Vaccination in Bombay 1869-1873 - 1869-1873
Year: 1869
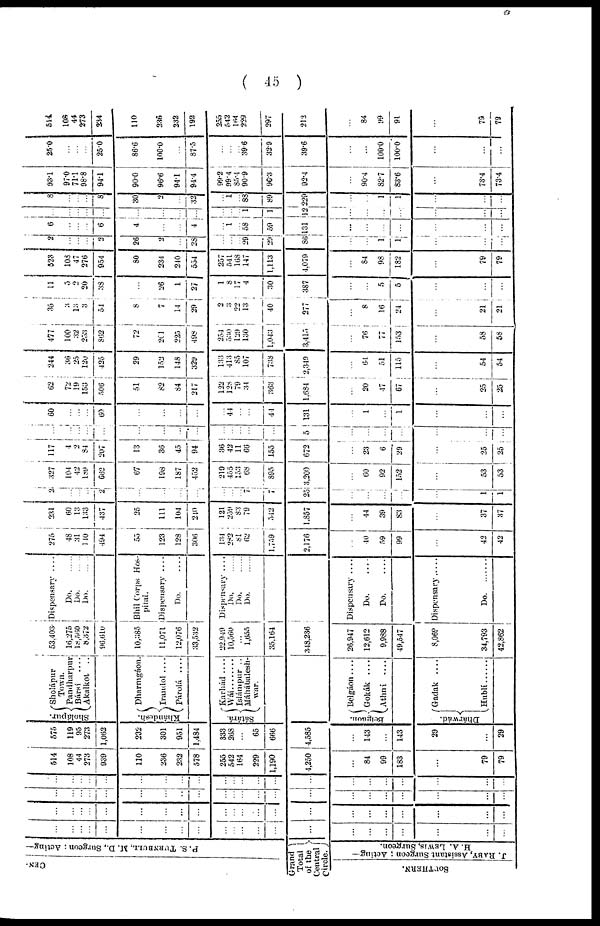
( 45 )
CEN-
P. S. TURNBULL, M. D., Surgeon ; Acting—
Grand
Total
of the
Central
Circle.
SOUTHERN.
J. RABY, Assistant Surgeon ; Acting—
H. A. LEWIS, Surgeon.
...
...
...
...
...
...
...
...
...
...
...
...
...
...
...
...
...
...
...
...
...
...
...
...
...
...
...
...
...
...
...
...
...
...
...
...
...
...
...
...
...
...
...
...
...
...
...
...
...
...
...
...
...
...
...
...
...
...
...
...
...
...
...
...
...
...
...
...
...
...
...
...
...
...
...
...
...
...
...
...
...
...
...
...
...
...
...
...
514
108
44
273
939
110
236
232
578
255
542
164
229
1,190
4,250
...
84
99
183
...
79
79
575
119
95
273
1,062
232
301
951
1,484
333
268
...
65
666
4,585
...
143
...
143
29
...
29
Sholápur.
Sholápur
Town.
Pandharpur
Bársí
....
Akalkot
..
Khándesh.
Dharmgáon.
Irandol ....
Párolá
....
Sátárá.
Karhád....
Wáí ........
Islámpur ..
Máhábalesh¬
war.
Belgaon.
Belgáon....
Gokák ....
Athní ....
Dhárwád.
Gadak ....
Hublí......
53,403
16,275
18,560
8,372
96,610
10,385
11,071
12,076
33,532
22,949
10,560
... 1,655
35,164
348,236
26,947
12,612
9,988
49,547
8,069
34,793
42,862
Dispensary ....
Do. ......
Do. ......
Do. ......
Bhil Corps Hos¬
pital.
Dispensary ....
Do.
...
Dispensary....
Do. ......
Do. ......
Do. ......
Dispensary....
Do.
Do.
Dispensary
Do. ......
275
48
31
110
494
55
123
128
306
134
282
81
62
1,759
2,176
...
40
59
99
...
42
42
231
60
13
133
437
25
111
104
240
121
259
83
79
542
1,857
...
44
39
83
...
37
37
2
...
...
...
2
...
...
...
...
...
... ...
7
7
25
...
...
...
...
...
1
1
327
104
42
189
662
67
198
187
452
219
455
153
68
895
3,200
...
60
92
152
...
53
53
117
4
2
84
207
13
36
45
94
36
42
11
66
155
672
...
23
6
29
...
25
25
...
...
...
...
...
...
...
...
...
...
...
...
...
...
5
...
...
...
...
...
...
...
60
...
...
...
60
...
...
...
...
44
...
...
44
131
...
1
...
1
...
...
...
62
72
19
153
506
51
82
84
217
122
128
79
34
363
1,684
...
20
47
67
...
25
25
244
36
25
120
425
29
152
148
329
133
413
85
107
738
2,349
...
64
51
115
...
54
54
477
100
32
253
862
72
201
225
498
254
530
129
130
1,043
3,415
...
76
77
153
...
58
58
35
3
13
3
54
8
7
14
29
2
3
22 13
40
277
...
8
16
24
...
21
21
11
5
2
20
33
...
26
1
27
1
8
17
4
30
387
...
...
5
5
...
...
...
523
108
47
276
954
80
234
240
554
257
641
168
147
1,113
4,079
...
84
98
182
...
79
79
2
...
...
...
2
26
2
...
28
...
...
... 29
29
86
...
...
1
1
...
...
...
6
...
...
...
6
4
...
...
4
...
1
... 58
59
131
...
...
...
...
...
...
...
...
...
...
...
...
...
...
...
...
...
...
... 1
1
12
...
...
...
...
...
...
...
8
...
...
...
8
30
2
...
32
...
1
... 88
89
229
...
...
1
1
...
...
...
93.1
97.0
71.1
98.8
94.1
90.0
96.6
94.1
94.4
99.2
99.4
85.1
90.9
96.3
92.4
...
90.4
82.7
83.6
...
73.4
73.4
25.0
...
...
...
25.0
86.6
100.0
...
87.5
...
...
... 39.6
32.9
39.6
...
...
100.0
100.0
...
...
...
514
108
44
273
234
110
236
232
192
255
542
164
229
297
212
...
84
99
91
...
79
79